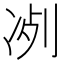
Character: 𠗗